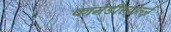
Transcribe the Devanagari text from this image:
कॉमेडीस्पोर्त्ज़